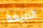
الصيغة